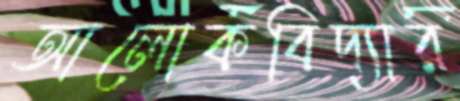
আলোকবিদ্যার